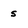
Character: s